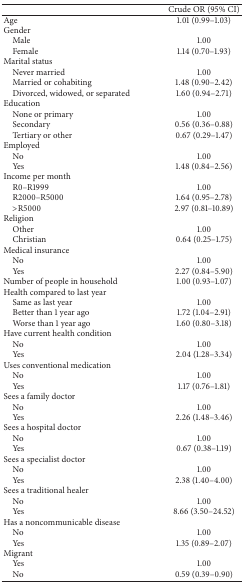
<table><thead><tr><td><b> </b></td><td><b>Crude OR (95% CI)</b></td></tr></thead><tbody><tr><td>Age</td><td>1.01 (0.99–1.03)</td></tr><tr><td>Gender</td><td> </td></tr><tr><td> Male</td><td>1.00</td></tr><tr><td> Female</td><td>1.14 (0.70–1.93)</td></tr><tr><td>Marital status</td><td> </td></tr><tr><td> Never married</td><td>1.00</td></tr><tr><td> Married or cohabiting</td><td>1.48 (0.90–2.42)</td></tr><tr><td> Divorced, widowed, or separated</td><td>1.60 (0.94–2.71)</td></tr><tr><td>Education</td><td> </td></tr><tr><td> None or primary</td><td>1.00</td></tr><tr><td> Secondary</td><td>0.56 (0.36–0.88)</td></tr><tr><td> Tertiary or other</td><td>0.67 (0.29–1.47)</td></tr><tr><td>Employed</td><td> </td></tr><tr><td> No</td><td>1.00</td></tr><tr><td> Yes</td><td>1.48 (0.84–2.56)</td></tr><tr><td>Income per month</td><td> </td></tr><tr><td> R0–R1999</td><td>1.00</td></tr><tr><td> R2000–R5000</td><td>1.64 (0.95–2.78)</td></tr><tr><td> &gt;R5000</td><td>2.97 (0.81–10.89)</td></tr><tr><td>Religion</td><td> </td></tr><tr><td> Other</td><td>1.00</td></tr><tr><td> Christian</td><td>0.64 (0.25–1.75)</td></tr><tr><td>Medical insurance</td><td> </td></tr><tr><td> No</td><td>1.00</td></tr><tr><td> Yes</td><td>2.27 (0.84–5.90)</td></tr><tr><td>Number of people in household</td><td>1.00 (0.93–1.07)</td></tr><tr><td>Health compared to last year</td><td> </td></tr><tr><td> Same as last year</td><td>1.00</td></tr><tr><td> Better than 1 year ago</td><td>1.72 (1.04–2.91)</td></tr><tr><td> Worse than 1 year ago</td><td>1.60 (0.80–3.18)</td></tr><tr><td>Have current health condition</td><td> </td></tr><tr><td> No</td><td>1.00</td></tr><tr><td> Yes</td><td>2.04 (1.28–3.34)</td></tr><tr><td>Uses conventional medication</td><td> </td></tr><tr><td> No</td><td>1.00</td></tr><tr><td> Yes</td><td>1.17 (0.76–1.81)</td></tr><tr><td>Sees a family doctor</td><td> </td></tr><tr><td> No</td><td>1.00</td></tr><tr><td> Yes</td><td>2.26 (1.48–3.46)</td></tr><tr><td>Sees a hospital doctor</td><td> </td></tr><tr><td> No</td><td>1.00</td></tr><tr><td> Yes</td><td>0.67 (0.38–1.19)</td></tr><tr><td>Sees a specialist doctor</td><td> </td></tr><tr><td> No</td><td>1.00</td></tr><tr><td> Yes</td><td>2.38 (1.40–4.00)</td></tr><tr><td>Sees a traditional healer</td><td> </td></tr><tr><td> No</td><td>1.00</td></tr><tr><td> Yes</td><td>8.66 (3.50–24.52)</td></tr><tr><td>Has a noncommunicable disease</td><td> </td></tr><tr><td> No</td><td>1.00</td></tr><tr><td> Yes</td><td>1.35 (0.89–2.07)</td></tr><tr><td>Migrant</td><td> </td></tr><tr><td> Yes</td><td>1.00</td></tr><tr><td> No</td><td>0.59 (0.39–0.90)</td></tr></tbody></table>